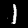
Label: 1